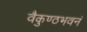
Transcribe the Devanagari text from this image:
वैकुण्ठभवनं